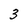
Character: 3